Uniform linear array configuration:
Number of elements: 16
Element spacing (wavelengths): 0.25
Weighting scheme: cosine
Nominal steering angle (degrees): -45
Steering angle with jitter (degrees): -46.114
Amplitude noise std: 0.05
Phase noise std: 0.05

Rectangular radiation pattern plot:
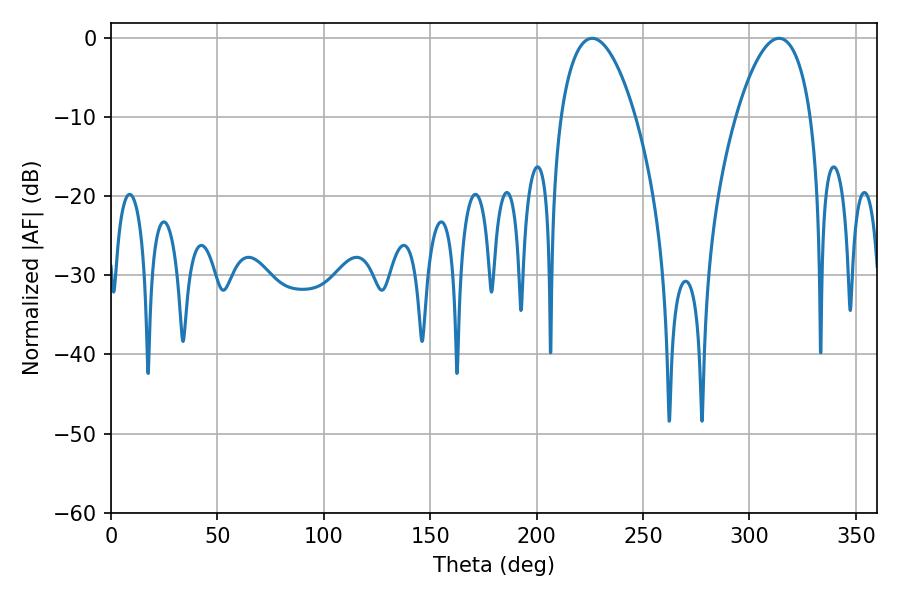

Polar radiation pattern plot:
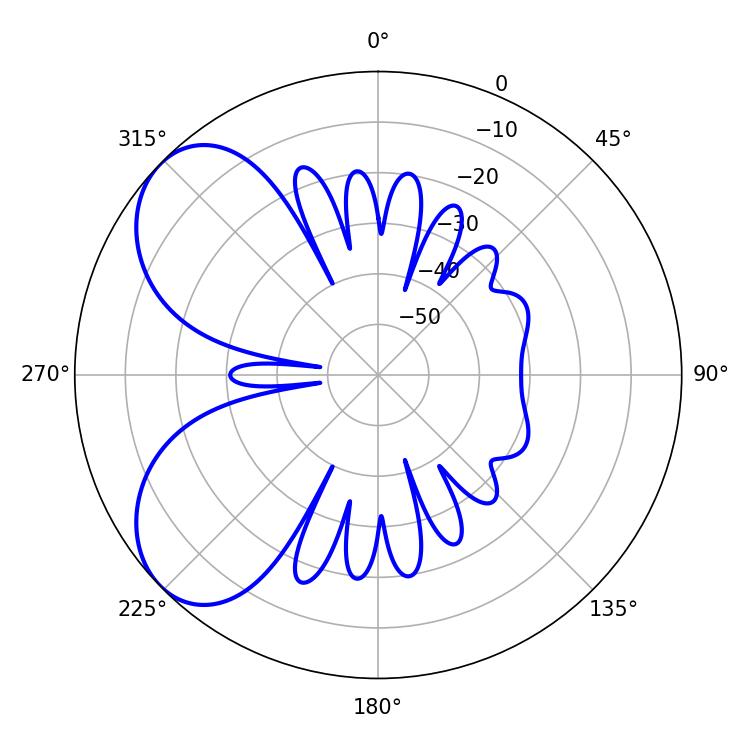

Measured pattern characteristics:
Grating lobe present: FALSE
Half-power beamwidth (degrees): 19.62
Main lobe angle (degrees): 313.92